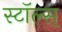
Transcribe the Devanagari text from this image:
स्टॉल्स्